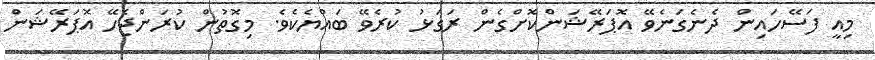
މިއީ ފަސޭހައިން ދެނެގަނެވޭ އޮޕަރޭޝަންކޮށްގެން ރަގަޅު ކުރެވޭ ބައްޔެކެވެ. މިގޮތުން ކުރަންޖެހޭ އޮޕަރޭޝަން